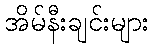
အိမ်နီးချင်းများ